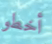
أخطو